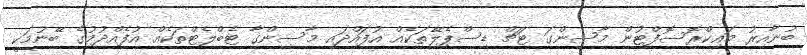
ބުނާއިރު މައިކްރޮސޮފްޓުން މާސިންގަ ޓަޗް ޑިސްޕެލޭތަކެއް އުފައްދައި މާސިންގާ ޓެބްލެޓްތަކެއް އުފެއްދުމުގެ ބޭނުމަކީ